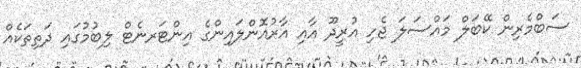
ސަބްމެރިން ކޭބަލް މައްސަލަ ޖެހި އުރީދޫ އާއި އާރުއޮންލައިންގެ އިންޓަރނެޓް ލިބުމުގައި ދަތިތަކެއް